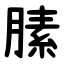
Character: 膆